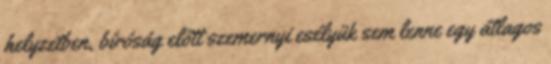
helyzetben, bíróság előtt szemernyi esélyük sem lenne egy átlagos